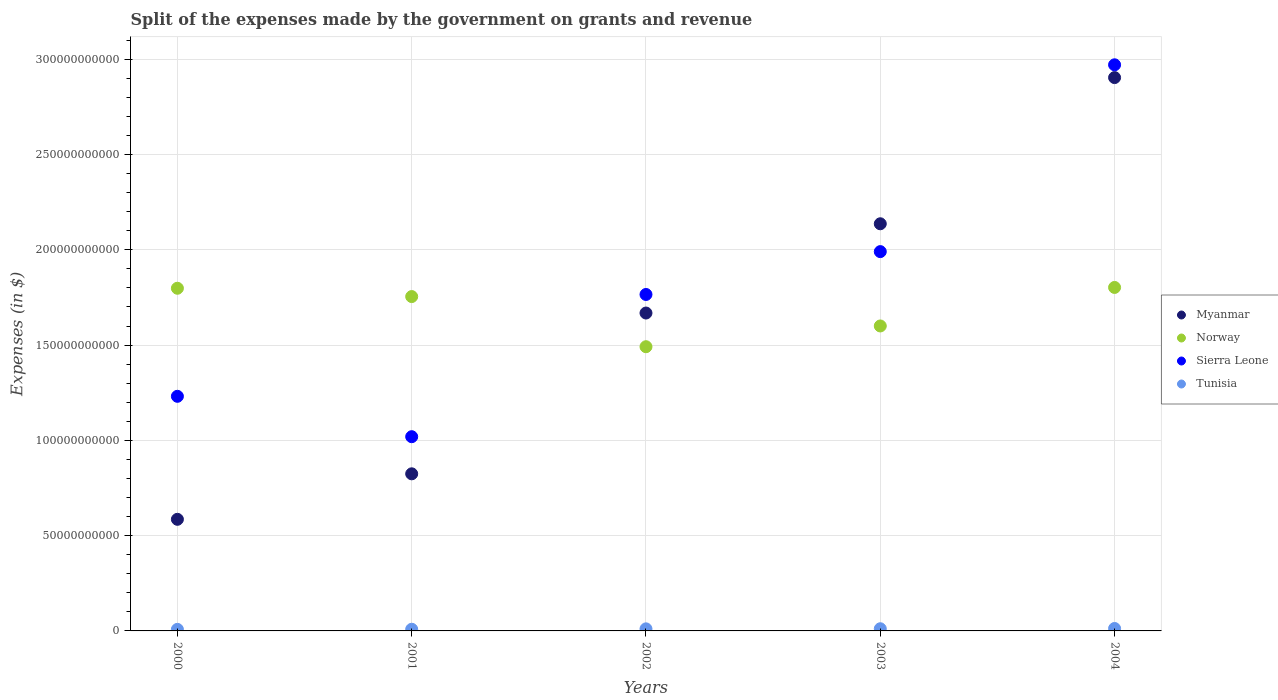
| Years | Myanmar | Norway | Sierra Leone | Tunisia |
 | --- | --- | --- | --- | --- |
 | 2000 | 5.86e+10 | 1.8e+11 | 1.23e+11 | 8.20e+08 |
 | 2001 | 8.24e+10 | 1.75e+11 | 1.02e+11 | 8.76e+08 |
 | 2002 | 1.67e+11 | 1.49e+11 | 1.77e+11 | 1.08e+09 |
 | 2003 | 2.14e+11 | 1.6e+11 | 1.99e+11 | 1.14e+09 |
 | 2004 | 2.9e+11 | 1.8e+11 | 2.97e+11 | 1.28e+09 |